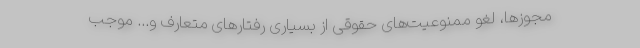
مجوزها، لغو ممنوعیت‌های حقوقی از بسیاری رفتارهای متعارف و... موجب